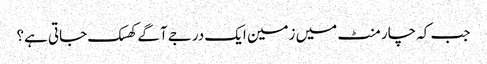
جب کہ چار منٹ میں زمین ایک درجے آگے کھسک جاتی ہے؟